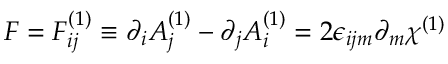
F = F _ { i j } ^ { ( 1 ) } \equiv \partial _ { i } A _ { j } ^ { ( 1 ) } - \partial _ { j } A _ { i } ^ { ( 1 ) } = 2 \epsilon _ { i j m } \partial _ { m } \chi ^ { ( 1 ) }